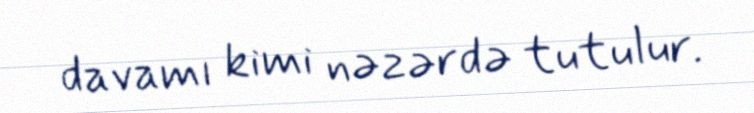
davamı kimi nəzərdə tutulur.